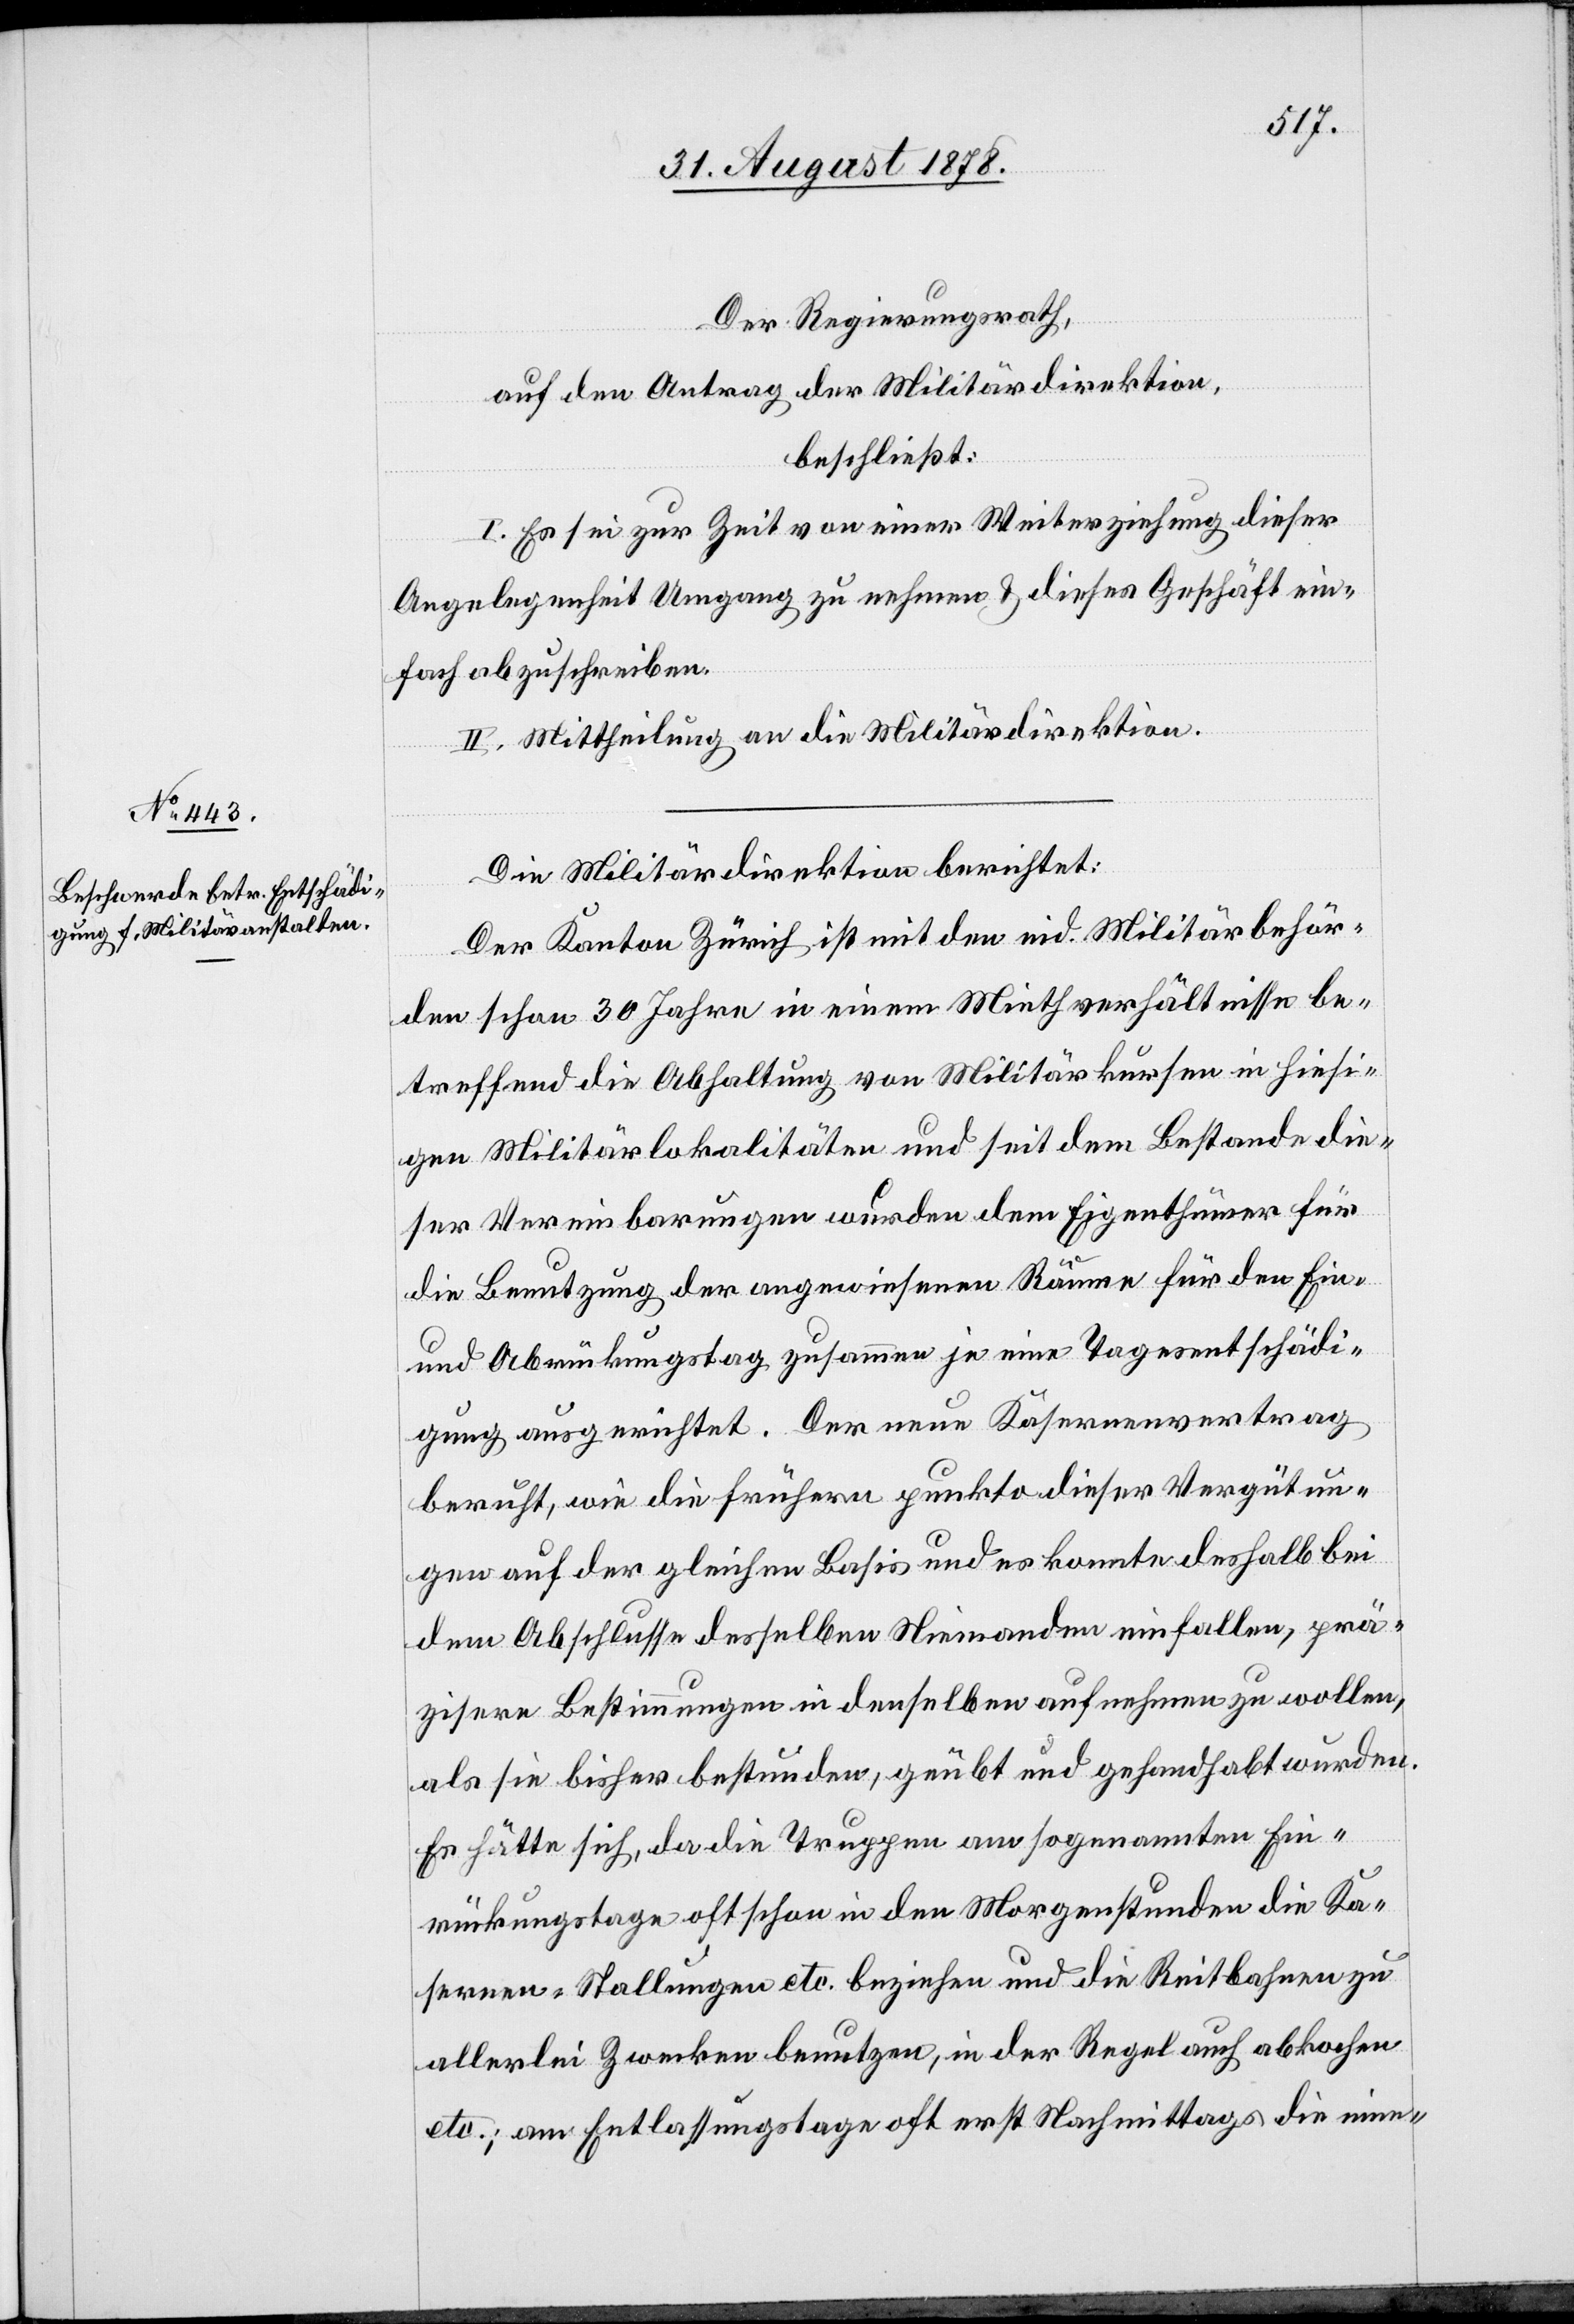
Der Regierungsrath,
auf den Antrag der Militärdirektion,
beschließt:
I. Es sei zur Zeit von einer Weiterziehung dieser
Angelegenheit Umgang zu nehmen & dieses Geschäft ein¬
len,
fach abzuschreiben.
II. Mittheilung an die Militärdirektion.
prä¬
Die Militärdirektion berichtet:
Der Kanton Zürich ist mit den eid. Militärbehör¬
den schon 30 Jahre in einem Miethverhältnisse be¬
treffend die Abhaltung von Militärkursen in hiesi¬
gen Militärlokalitäten und seit dem Bestande die¬
ser Vereinbarungen wurden dem Eigenthümer für
die Benutzung der angewiesenen Räume für den Ein-
und Abrückungstag zusammen je eine Tagesentschädi¬
gung ausgerichtet. Der neue Kasernenvertrag
beruht, wie die frühern punkto dieser Vergütun¬
gen auf der gleichen Basis und es konnte deshalb bei
dem Abschlusse desselben Niemanden [recte: Niema¬
zisere Bestimmungen in denselben aufnehmen zu wollen,
als sie bisher bestunden, geübt und gehandhabt wurden.
Es hätte sich, da die Truppen am sogenannten Ein¬
rückungstage oft schon in den Morgenstunden die Ka¬
sernen-Stallungen etc. beziehen und die Reitbahnen zu
allerlei Zwecken benutzten, in der Regel auch abkochen
etc.; am Entlassungstage oft erst Nachmittags die inne-